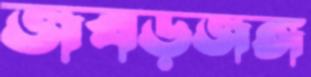
জবড়জঙ্গ